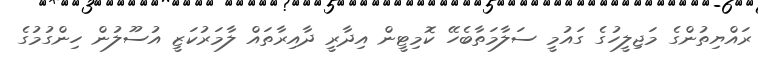
ރައްޔިތުންގެ މަޖިލީހުގެ ގައުމީ ސަލާމަތާބެހޭ ކޮމިޓީން އިދާރީ ދާއިރާތައް ލާމަރުކަޒީ އުސޫލުން ހިންގުމުގެ